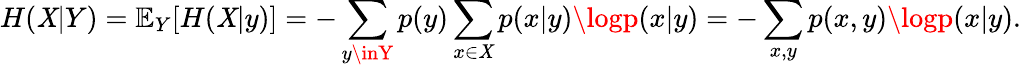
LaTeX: H(\mathit{X}|Y)=\mathbb{{E}}_{Y}[H(\mathit{X}|y)]=-\sum_{y\inY}p(y)\sum_{x\in\mathit{X}}p(x|y)\logp(x|y)=-\sum_{x,y}p(x,y)\logp(x|y).